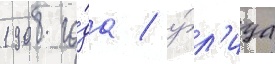
1908 го́да / у́л'ица